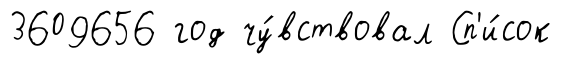
3609656 год чу́вствовал Сп'и́сок